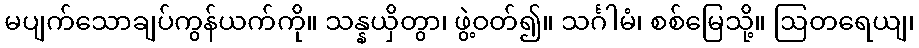
မပျက်သောချပ်ကွန်ယက်ကို။ သန္နယှိတွာ၊ ဖွဲ့ဝတ်၍။ သင်္ဂါမံ၊ စစ်မြေသို့။ ဩတရေယျ၊